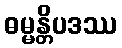
ဓမ္မန္တိပဒဿ